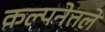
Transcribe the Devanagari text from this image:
कल्पनेतले